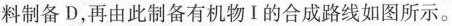
料制备D，再由此制备有机物Ⅰ的合成路线如图所示。